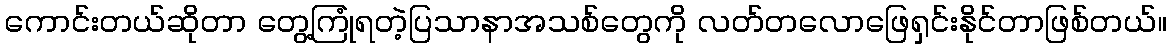
ကောင်းတယ်ဆိုတာ တွေ့ကြုံရတဲ့ပြသာနာအသစ်တွေကို လတ်တလောဖြေရှင်းနိုင်တာဖြစ်တယ်။